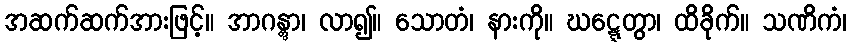
အဆက်ဆက်အားဖြင့်။ အာဂန္တွာ၊ လာ၍။ သောတံ၊ နားကို။ ဃဋ္ဋေတွာ၊ ထိခိုက်။ သဏိကံ၊